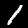
Label: 1